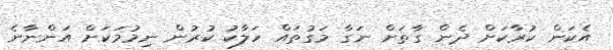
އެކަން ކުރާކަށް ދެން ގާތަށް ނަގާ މަގުތައް ހަލާކު ކުރުން ނިމުމަކަށް އަންނާނެ